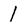
Character: l